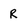
Character: R